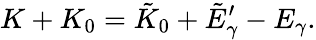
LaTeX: K+K_{0}=\tilde{K}_{0}+\tilde{E}_{\gamma}^{\prime}-E_{\gamma}.